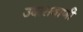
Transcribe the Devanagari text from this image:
उदासवाणी